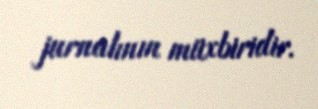
jurnalının müxbiridir.